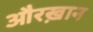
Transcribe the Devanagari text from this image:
औरख़ान